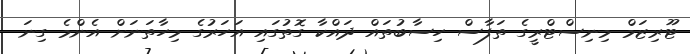
ޓޫރިޒަމް މިނިސްޓްރީގެ ތަފާސް ހިސާބުތައް ދައްކާ ގޮތުގައި އަހަރުގެ މިހާތަނަށް އެންމެ ގިނަ